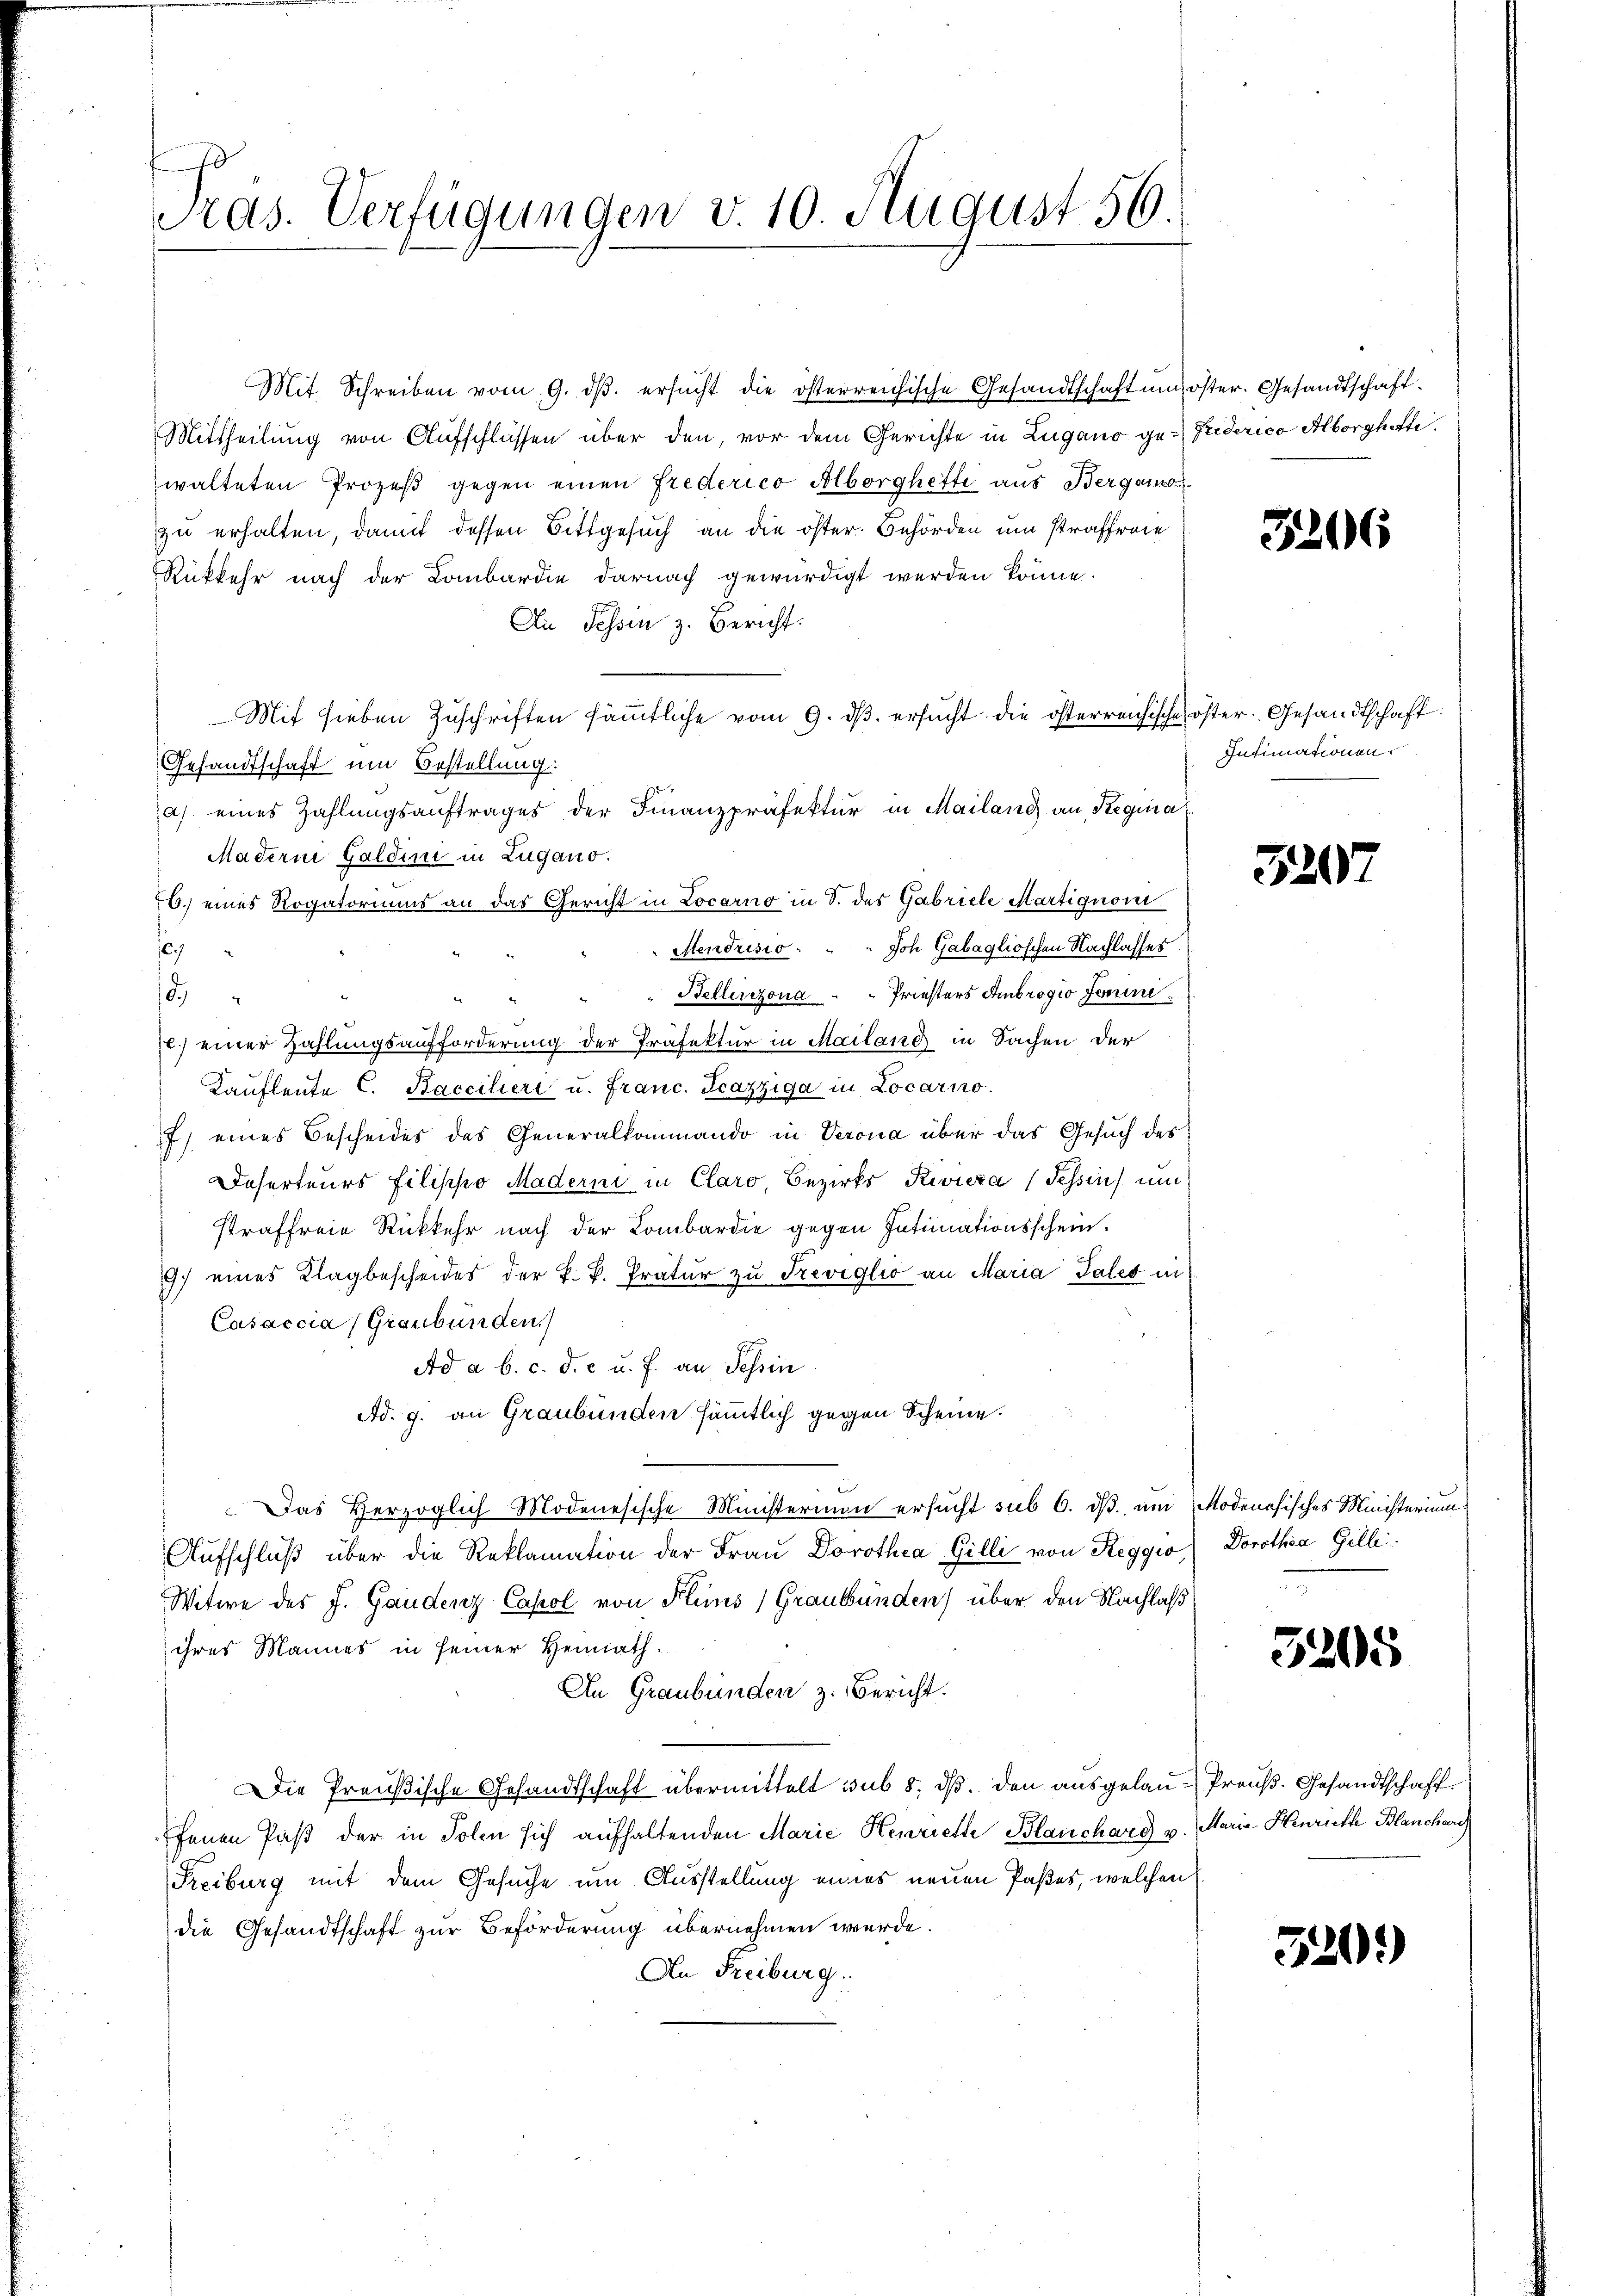
Tras. Verfügungen v. 10. August 56.

Mit Schreiben vom 9. dβ. ersucht die österreichische Gesandtschaft und öster. Gesandtschaft¬
Mittheilung von Aufschlüssen über den, vor dem Gerichte in Zugano ge-Friederico Alborghetti
walteten Prozeß gegen einen Frederico Alborghefte aus Bergamo
zu erhalten, damit dessen Bittgesuch an die öster. Behörden um strafferie
Rükkehr nach der Lombardie darnach gewürdigt werden könne.
An Tessin z. Bericht:
Mit sieben Zuschriften sämmtliche vom 9. dβ. ersŭcht die österreichische öster. Gesandtschaft
Gesandtschaft um Bestellung.
a) eines Zahlungsauftrages der Finanzpräfektur in Mailand) an Regina
Maderni Galdini in Lugano.
6.) eines Rogatoriums an das Gericht in Locarno in S. des Gabriele Martignom
Joh Gabaglioschen Nachlasses
Stendrisio
e
Bellerezona - " Priesters Ambrogio Semine
8
.) einer Zahlungsaufforderung der Präfektur in Mailand in Sachen der
Kaufleute C. Baccilieri u. Franc. Fcazziga in Locarno.
7) eines Bescheides des Generalkommando in Verona über das Gesuch des
Deserteurs Filippo Maderni in Claro, Bezirks Riviera (Tessin um
straffreie Rückkehr nach der Lombardie gegen Intimationsschein.
9) eines Klagbescheides der k. k. Pratur zu Treviglio an Maria Tales in
Casaccia (Graubünden.
Ad a b. c. d. c u. f. an Tessin
Ad. 9. an Graubünden sämmtlich gegen Scheine.
Das Herzoglich Modenesische Ministerien ersucht sub 6. dß um Modenesisches Ministerium
Aufschluß über die Reklamation der Frau Dorothea Gilli von Reggio, Dorothea Gilli
Witwe des J. Gaudenz Capol von Plins (Graubünden) über den Nachlaß
ihres Mannes in seiner Heimath.
An Graubünden z. Bericht.
Die Preußische Gesandtschaft übermittelt sub 8. ds. den ausgelan-Preuß. Gesandtschaft.
fenen Paß der in Polen sich aufhaltenden Marie Henriette Blanchard v. Maria Henriethe Blancherch
Freiburg mit dem Gesuche um Ausstellung eines neuen Paßes, welchen
die Gesandtschaft zur Beförderung übernehmen wurde.
An Freiburg

326

Intimationen

320

3205

320.